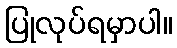
ပြုလုပ်ရမှာပါ။